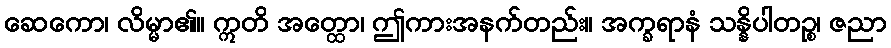
ဆေကော၊ လိမ္မာ၏။ ဣတိ အတ္ထော၊ ဤကားအနက်တည်း။ အက္ခရာနံ သန္နိပါတဉ္စ၊ ဇညာ